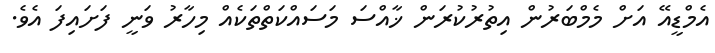
އެމްޑީއޭ އަށް މެމްބަރުން އިތުރުކުރަން ޚާއްސަ މަސައްކަތްތަކެއް މިހާރު ވަނީ ފަށައިފަ އެވެ.